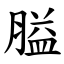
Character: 膉